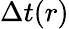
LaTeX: \Delta t(r)